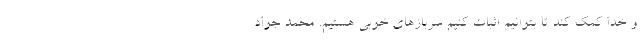
و خدا کمک کند تا بتوانیم اثبات کنیم سربازهای خوبی هستیم. محمد جواد